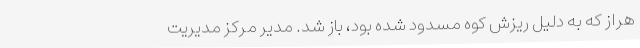
هراز که به دلیل ریزش کوه مسدود شده بود، باز شد. مدیر مرکز مدیریت